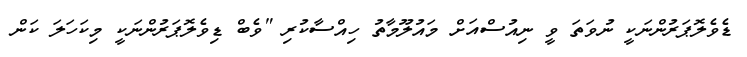
ޑެވެލޮޕަރުންނަކީ ނުވަތަ ވީ ނިއުސްއަށް މައުލޫމާތު ހިއްސާކުރި "ވެބް ޑިވެލޮޕަރުންނަކީ މިކަހަލަ ކަން